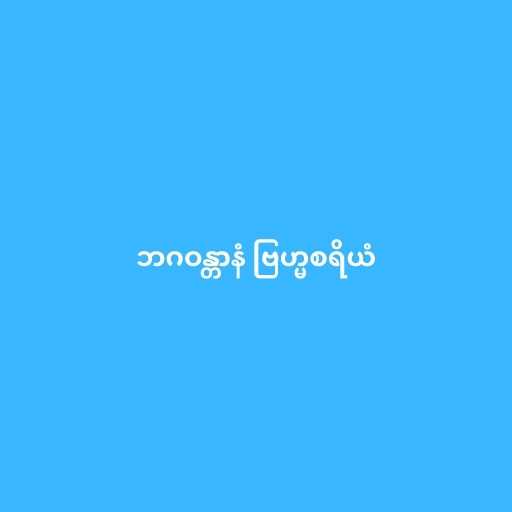
ဘဂဝန္တာနံ ဗြဟ္မစရိယံ